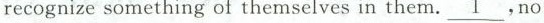
recognize something of themselves in them.\underline{1},no